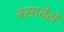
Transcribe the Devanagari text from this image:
बसावेसे